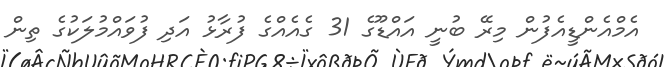
އެމްއެންޑީއެފުން މިރޭ ބުނީ އައްޑޫގެ 31 ގެެއެއްގެ ފުރާޅު އަދި ފުވައްމުލަކުގެ ތިން